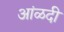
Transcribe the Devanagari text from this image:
आंळदी